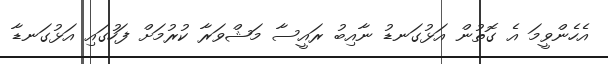
އެހެންވީމަ އެ ގޮތުން އަޅުގަނޑު ނާއިބު ރައީސާ މަޝްވަރާ ކުރުމަށް ފަހުގައި އަޅުގަނޑާ